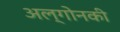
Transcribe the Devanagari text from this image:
अल्गोनकी